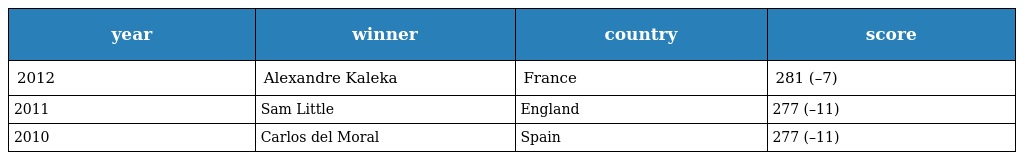
| year | winner | country | score |
 | --- | --- | --- | --- |
 | 2012 | Alexandre Kaleka | France | 281 (–7) |
 | 2011 | Sam Little | England | 277 (–11) |
 | 2010 | Carlos del Moral | Spain | 277 (–11) |